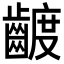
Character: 𮯍